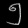
Digit: ၅